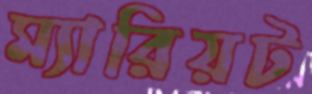
ম্যারিয়ট